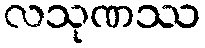
လသုဏဿ